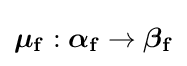
{\textstyle {\boldsymbol {\mathbf {\mu _{f}} }}:{\boldsymbol {\mathbf {\alpha _{f}} }}\rightarrow {\boldsymbol {\mathbf {\beta _{f}} }}}